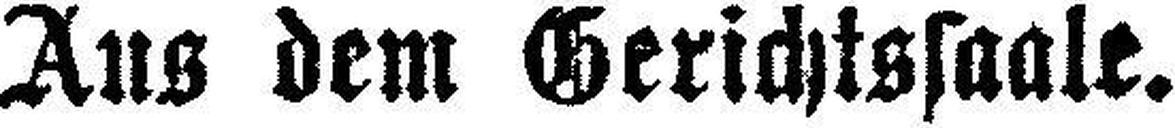
Aus dem Gerichtssaale.